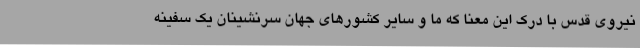
نیروی قدس با درک این معنا که ما و سایر کشورهای جهان سرنشینان یک سفینه